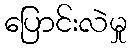
ပြောင်းလဲမှု